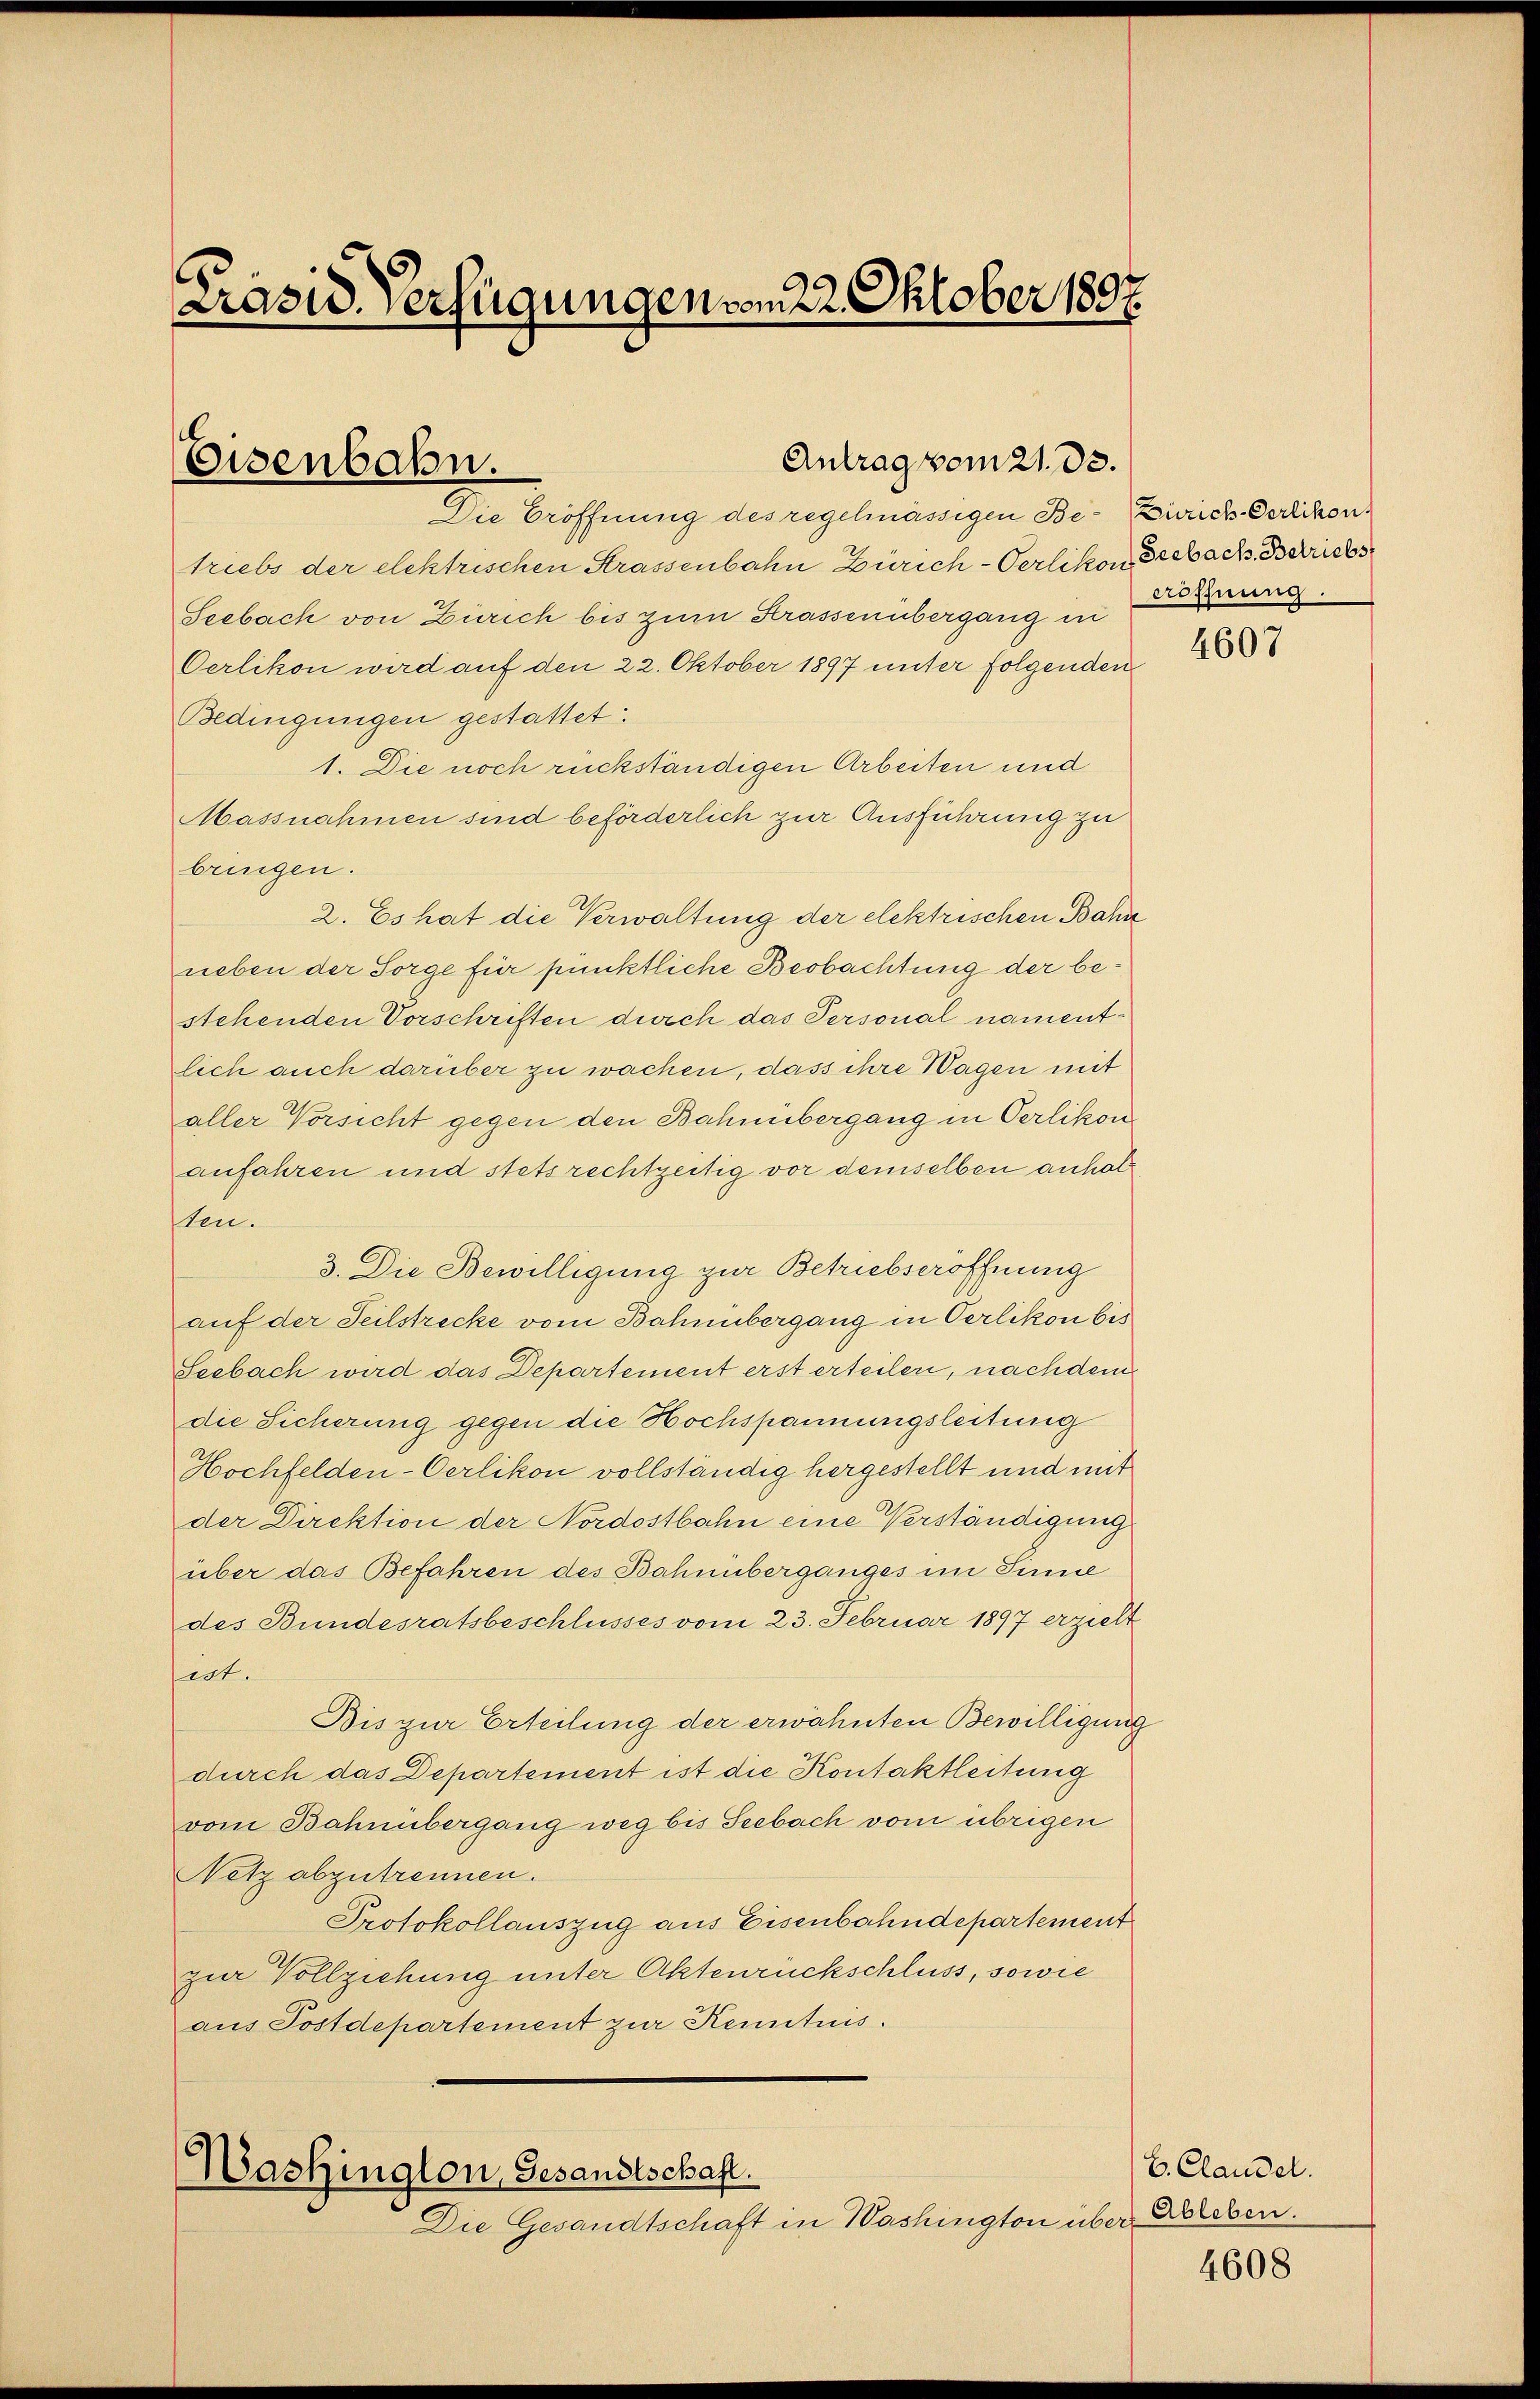
e
Prasis Verfügungen vom 22 Oktober 1897.

Eisenbahn.

Antrag vom 21. 33.

Die Eröffnung des regelmässigen Be- Zürich Gerlikon
triebs der elektrischen Strassenbahn Zürich-Oerlikon Grebach. Betriebs
Seebach von Zürich bis zum Strassenübergang in
Oerlikon wird auf den 22. Oktober 1897 unter folgenden
Bedingungen gestattet:
1. Die noch rückständigen Arbeiten und
Massnahmen sind beförderlich zur Ausführung zu
bringen.
2. Es hat die Verwaltung der elektrischen Bahn
neben der Sorge für pünktliche Beobachtung der bestehenden Vorschriften durch das Personal namentlich auch darüber zu wachen, dass ihre Wagen mit
aller Vorsicht gegen den Bahnbergang in Oerlikon
anfahren und stets rechtzeitig vor demselben anhalten.
3. Die Bewilligung zur Betriebseröffnung
auf der Seilstrecke vom Bahnübergang in Oerlikon bis
Seebach wird das Departement erst erteilen, nachdem
die Sicherung gegen die Hochspannungsleitung
Hochfelden-Oerlikon vollständig hergestellt und mit
der Direktion der Nordostbahn eine Verständigung
über das Befahren des Bahnüberganges im Sinne
des Bundesratsbeschlusses vom 23. Februar 1897 erzielt
ist.
Bis zur Erteilung der erwähnten Bewilligung
durch das Departement ist die Kontaktleitung
vom Bahnübergang weg bis Seebach vom übrigen
Netz abzutrennen.
Protokollauszug aus Eisenbahndepartement
zur Vollziehung unter Aktenrückschluss, sowie
aus Postdepartement zur Kenntnis.

Washington, Gesandtschaft.
Die Gesandtschaft in Washington über Erleben.

cröffnung.

4607

E. Claudel.

4608